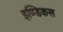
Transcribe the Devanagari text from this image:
इण्डिकस